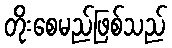
တိုးစေမည်ဖြစ်သည်